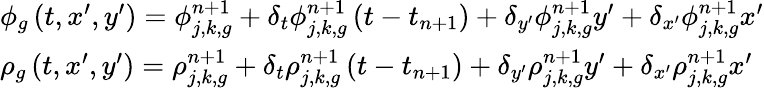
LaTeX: \begin{array}{l}{{\phi_{g}\left(t,x^{\prime},y^{\prime}\right)=\phi_{j,k,g}^{n+1}+\delta_{t}\phi_{j,k,g}^{n+1}\left(t-t_{n+1}\right)+\delta_{y^{\prime}}\phi_{j,k,g}^{n+1}y^{\prime}+\delta_{x^{\prime}}\phi_{j,k,g}^{n+1}x^{\prime}}}\\ {{\rho_{g}\left(t,x^{\prime},y^{\prime}\right)=\rho_{j,k,g}^{n+1}+\delta_{t}\rho_{j,k,g}^{n+1}\left(t-t_{n+1}\right)+\delta_{y^{\prime}}\rho_{j,k,g}^{n+1}y^{\prime}+\delta_{x^{\prime}}\rho_{j,k,g}^{n+1}x^{\prime}}}\end{array}